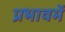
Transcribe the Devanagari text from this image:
प्रभावमें